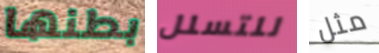
بطنها للتسلل مثل